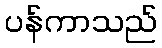
ပန်ကာသည်